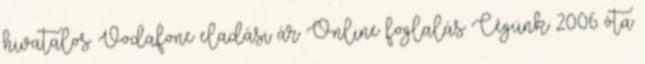
hivatalos Vodafone eladási ár Online foglalás Cégünk 2006 óta